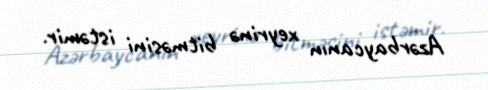
Azərbaycanın xeyrinə bitməsini istəmir.